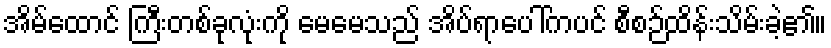
အိမ်ထောင် ကြီးတစ်ခုလုံးကို မေမေသည် အိပ်ရာပေါ်ကပင် စီစဉ်ထိန်းသိမ်းခဲ့၏။